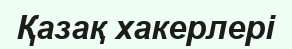
Қазақ хакерлері